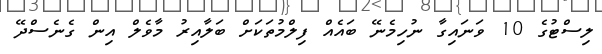
ލިސްޓުގެ 10 ވަނައިގާ ނުހިމެނޭ ބައެއް ފިލްމުތަކަށް ބަލާއިރު މާވެލް އިން ގެނެސްދޭ